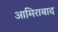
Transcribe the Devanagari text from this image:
आमिराबाद